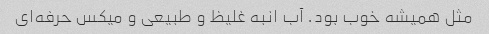
مثل همیشه خوب بود. آب انبه غلیظ و طبیعی و میکس حرفه‌ای